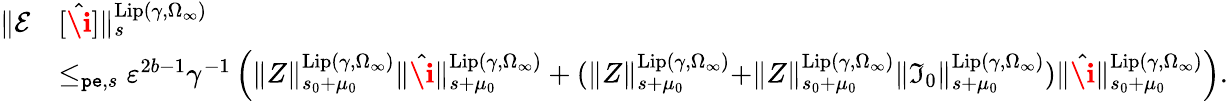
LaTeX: \begin{array}{rl}{\rVert\mathcal{E}}&{[\hat{\textbf{\i}}]\rVert_{s}^{\mathrm{Lip}(\gamma,\Omega_{\infty})}}\\ &{\le_{\mathtt{pe},s}\varepsilon^{2b-1}\gamma^{-1}\left(\rVert Z\rVert_{s_{0}+\mu_{0}}^{\mathrm{Lip}(\gamma,\Omega_{\infty})}\rVert\hat{\textbf{\i}}\rVert_{s+\mu_{0}}^{\mathrm{Lip}(\gamma,\Omega_{\infty})}+(\rVert Z\rVert_{s+\mu_{0}}^{\mathrm{Lip}(\gamma,\Omega_{\infty})}+\rVert Z\rVert_{s_{0}+\mu_{0}}^{\mathrm{Lip}(\gamma,\Omega_{\infty})}\rVert\mathfrak{I}_{0}\rVert_{s+\mu_{0}}^{\mathrm{Lip}(\gamma,\Omega_{\infty})})\rVert\hat{\textbf{\i}}\rVert_{s_{0}+\mu_{0}}^{\mathrm{Lip}(\gamma,\Omega_{\infty})}\right).}\end{array}